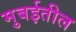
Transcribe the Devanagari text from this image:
मुबईतील